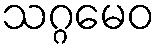
သဂ္ဂမေဝ